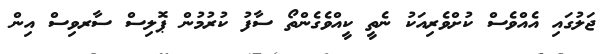
ޖަލުގައި އެއްވެސް ކުށްވެރިއަކު ނެތީ ކީއްވެގެންތޯ ސާފު ކުރުމުން ޕޮލިސް ސާރވިސް އިން